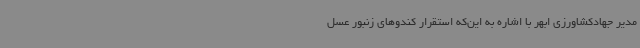
مدیر جهادکشاورزی ابهر با اشاره به این‌که استقرار کندوهای زنبور عسل